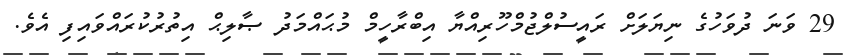
29 ވަނަ ދުވަހުގެ ނިޔަލަށް ރައީސުލްޖުމްހޫރިއްޔާ އިބްރާހީމް މުޙައްމަދު ޞާލިޙް އިތުރުކުރައްވައިފި އެވެ.